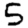
Digit: 5